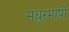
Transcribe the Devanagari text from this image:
मधुरभाषी